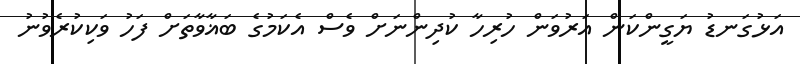
އަޅުގަނޑު ޔަގީންކަން އަރުވަން ހުރިހާ ކުދިންނަށް ވެސް އެކަމުގެ ބަޣާވާތަށް ފަހު ވަކިކުރެވުނު